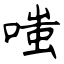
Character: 嗤